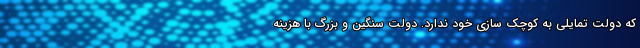
که دولت تمایلی به کوچک سازی خود ندارد. دولت سنگین و بزرگ با هزینه